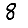
Digit: 8